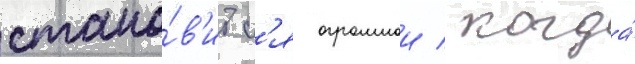
стано́в'итс'я огромнои / когда́